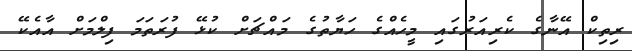
ރިތިކް އޭނާގެ ކެރިއަރުގައި މީހެއްގެ ހަޔާތުގެ މައްޗަށް ކުޅޭ ފުރަތަމަ ފިލްމަށް އާއެކޭ